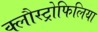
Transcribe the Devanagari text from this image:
क्लौस्ट्रोफिलिया